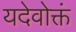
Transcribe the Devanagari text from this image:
यदेवोक्तं